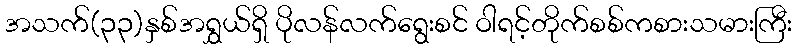
အသက်(၃၃)နှစ်အရွှယ်ရှိ ပိုလန်လက်ရွေးစင် ဝါရင့်တိုက်စစ်ကစားသမားကြီး